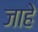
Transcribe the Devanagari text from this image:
जाहे